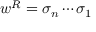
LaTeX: w ^ { R } = \sigma _ { n } \cdots \sigma _ { 1 }